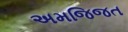
અમજિજત